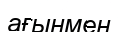
ағынмен